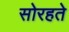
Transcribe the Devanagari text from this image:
सोरहते